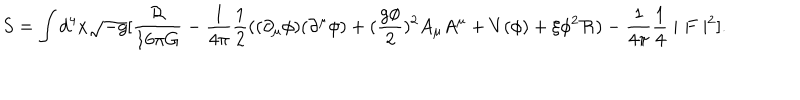
LaTeX: S = \int d ^ { 4 } x \sqrt { - g } [ \frac { \mathcal { R } } { 1 6 \pi G } - \frac { 1 } { 4 \pi } \frac { 1 } { 2 } ( ( \partial _ { \mu } \phi ) ( \partial ^ { \mu } \phi ) + ( \frac { g \phi } { 2 } ) ^ { 2 } A _ { \mu } A ^ { \mu } + V ( \phi ) + \xi \phi ^ { 2 } \mathcal { R } ) - \frac { 1 } { 4 \pi } \frac { 1 } { 4 } \mid F \mid ^ { 2 } ] .